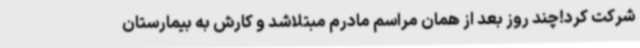
شرکت کرد!چند روز بعد از همان مراسم مادرم مبتلاشد و کارش به بیمارستان